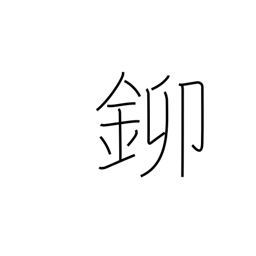
Meaning: gold